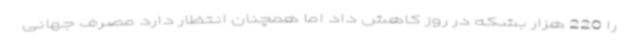
را 220 هزار بشکه در روز کاهش داد اما همچنان انتظار دارد مصرف جهانی